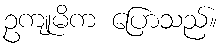
ဥကျုမိက ပြောသည်။